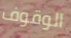
الوقوف